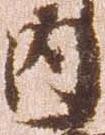
内